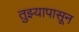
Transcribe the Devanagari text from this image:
तुझ्यापासून